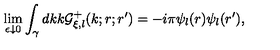
\lim _ { \epsilon \downarrow 0 } \displaystyle \int _ { \gamma } d k k { \cal G } _ { \xi , l } ^ { + } ( k ; r ; r ^ { \prime } ) = - i \pi \psi _ { l } ( r ) \psi _ { l } ( r ^ { \prime } ) ,